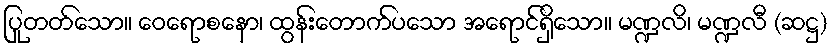
ပြုတတ်သော။ ဝေရောစနော၊ ထွန်းတောက်ပသော အရောင်ရှိသော။ မဏ္ဍလိ၊ မဏ္ဍလီ (ဆဋ္ဌ)